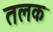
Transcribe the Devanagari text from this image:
तलक